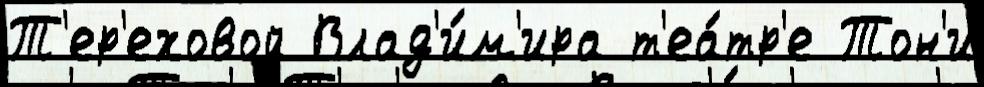
Т'ер'еховой Влад'и́м'ира т'еа́тр'е Тон'и